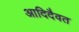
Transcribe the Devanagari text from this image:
आदिदैवत